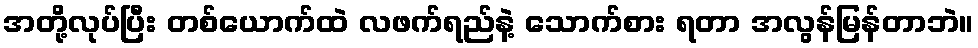
အတို့လုပ်ပြီး တစ်ယောက်ထဲ လဖက်ရည်နဲ့ သောက်စား ရတာ အလွန်မြန်တာဘဲ။